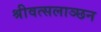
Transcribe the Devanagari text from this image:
श्रीवत्सलाञ्छन